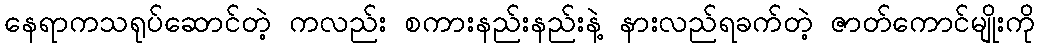
နေရာကသရုပ်ဆောင်တဲ့ ကလည်း စကားနည်းနည်းနဲ့ နားလည်ရခက်တဲ့ ဇာတ်ကောင်မျိုးကို